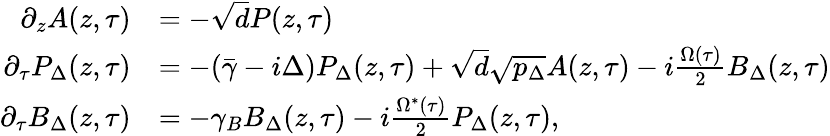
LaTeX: \begin{array}{rl}{\partial_{z}A(z,\tau)}&{=-\sqrt{d}P(z,\tau)}\\ {\partial_{\tau}P_{\Delta}(z,\tau)}&{=-(\bar{\gamma}-i\Delta)P_{\Delta}(z,\tau)+\sqrt{d}\sqrt{p_{\Delta}}A(z,\tau)-i\frac{\Omega(\tau)}{2}B_{\Delta}(z,\tau)}\\ {\partial_{\tau}B_{\Delta}(z,\tau)}&{=-\gamma_{B}B_{\Delta}(z,\tau)-i\frac{\Omega^{*}(\tau)}{2}P_{\Delta}(z,\tau),}\end{array}